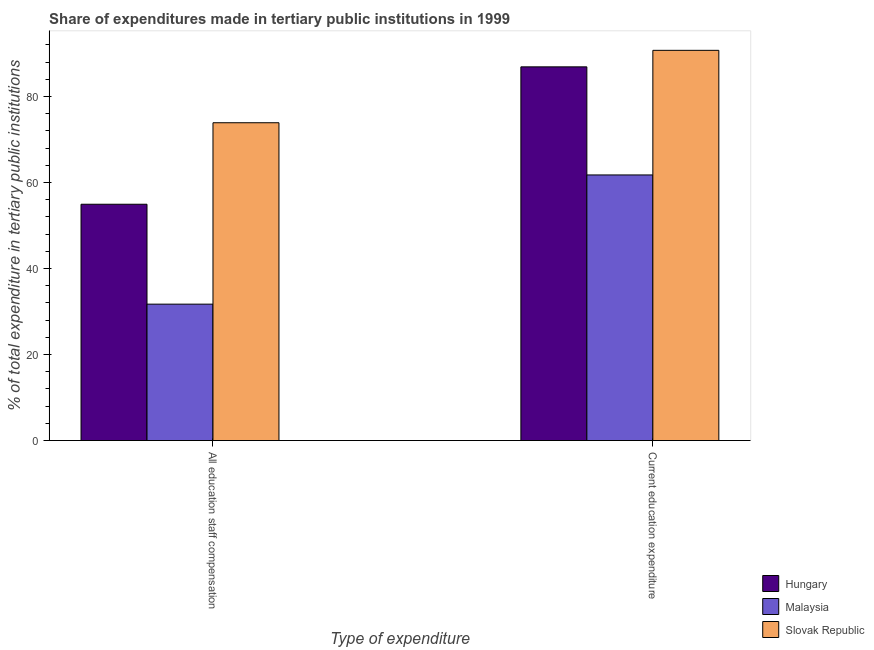
| Type of expenditure | Hungary | Malaysia | Slovak Republic |
 | --- | --- | --- | --- |
 | All education staff compensation | 54.9 | 31.7 | 73.9 |
 | Current education expenditure | 86.9 | 61.7 | 90.7 |